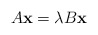
\begin{align*}A{\bf x} = \lambda B{\bf x}\end{align*}